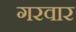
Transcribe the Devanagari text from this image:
गरवार